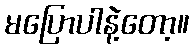
မပြောပါနဲ့တော့။